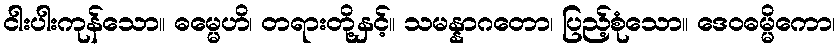
ငါးပါးကုန်သော။ ဓမ္မေဟိ၊ တရားတို့နှင့်။ သမန္နာဂတော၊ ပြည့်စုံသော။ ဒေဝဓမ္မိကော၊